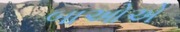
બાઓએ